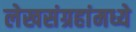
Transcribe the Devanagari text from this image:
लेखसंग्रहांमध्ये